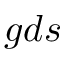
g d s